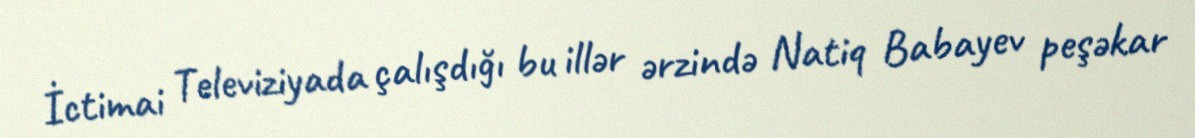
İctimai Televiziyada çalışdığı bu illər ərzində Natiq Babayev peşəkar